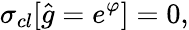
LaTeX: \sigma_{cl}[\hat{g}=e^{\varphi}]=0,